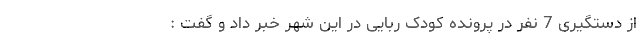
از دستگیری 7 نفر در پرونده کودک ربایی در این شهر خبر داد و گفت :